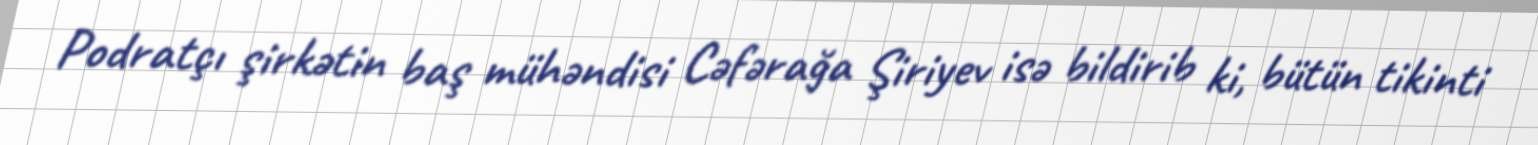
Podratçı şirkətin baş mühəndisi Cəfərağa Şiriyev isə bildirib ki, bütün tikinti